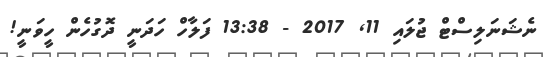
ނެޝަނަލިސްޓް ޖުލައި 11